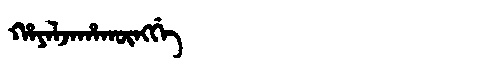
Manchu: ᡥᠠᠶᠠᠯᠵᠠᡥᠠᡴᡡᠩᡤᡝ
Romanization: HAYALJAHAKŪNGGE